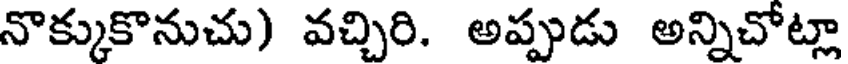
నొక్కుకొనుచు) వచ్చిరి. అప్పుడు అన్నిచోట్లా